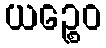
ယဉ္စေဝ